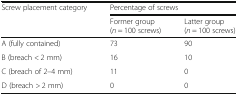
| <ROWSPAN=2> Screw placement category | <COLSPAN=2> Percentage of screws |
 | Former group(n = 100 screws) | Latter group(n = 100 screws) |
 | --- | --- | --- |
 | A (fully contained) | 73 | 90 |
 | B (breach < 2 mm) | 16 | 10 |
 | C (breach of 2–4 mm) | 11 | 0 |
 | D (breach > 2 mm) | 0 | 0 |